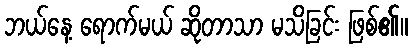
ဘယ်နေ့ ရောက်မယ် ဆိုတာသာ မသိခြင်း ဖြစ်၏။